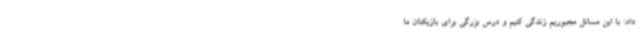
داد: با این مسائل مجبوریم زندگی کنیم و درس بزرگی برای بازیکنان ما